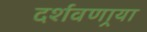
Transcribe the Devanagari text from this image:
दर्शवणार्‍या